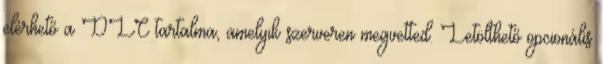
elérhető a DLC tartalma, amelyik szerveren megvetted. Letölthető opcionális